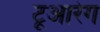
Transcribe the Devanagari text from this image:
टूआरेग